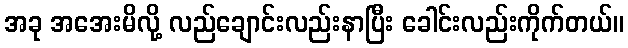
အခု အအေးမိလို့ လည်ချောင်းလည်းနာပြီး ခေါင်းလည်းကိုက်တယ်။